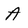
Character: A